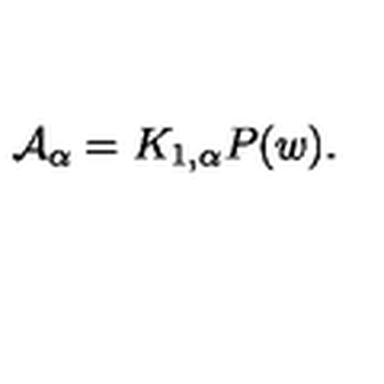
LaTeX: { \cal A } _ { \alpha } = K _ { 1 , \alpha } P ( w ) .